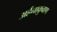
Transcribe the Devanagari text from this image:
अर्हनाकुवाण